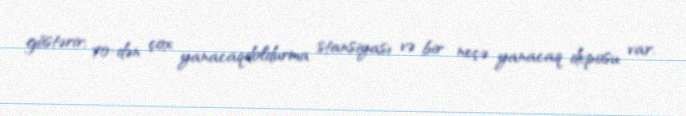
göstərir, 70-dən çox yanacaqdoldurma stansiyası və bir neçə yanacaq deposu var.